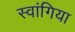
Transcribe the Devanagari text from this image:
स्वांगिया